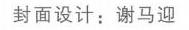
封面设计：谢马迎